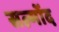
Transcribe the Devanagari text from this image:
सल्मोंद